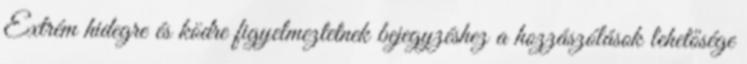
Extrém hidegre és ködre figyelmeztetnek bejegyzéshez a hozzászólások lehetősége